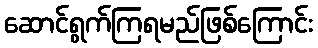
ဆောင်ရွက်ကြရမည်ဖြစ်ကြောင်း